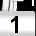
Digit: 1